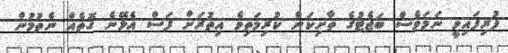
ފުރިފައިވީ ނަމަވެސް ބަޖެޓުގެ ތާށިކަން ކުރިމަތިވެ އިތުރަށް ފަސް އެޅޭނެ ގޮތެއް ނެތުމުން